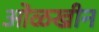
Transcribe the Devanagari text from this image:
ओळखीन